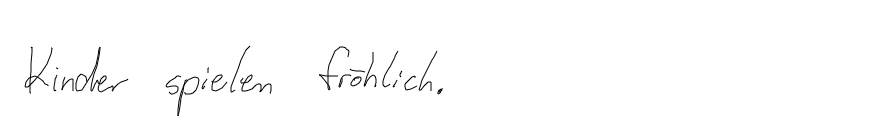
Kinder spielen fröhlich.